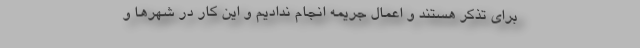
برای تذکر هستند و اعمال جریمه انجام ندادیم و این کار در شهر‌ها و